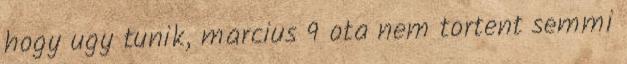
hogy ugy tunik, marcius 9 ota nem tortent semmi